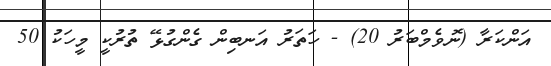
އަންކަރާ (ނޮވެމްބަރު 20) - ހަތަރު އަނބިން ގެންގުޅޭ ތުރުކީ މީހަކު 50